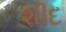
શીદ